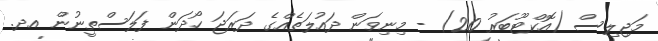
މަޖިލިސް (އޮކްޓޫބަރު 20) - މިނިވަން ދައުލަތެއްގެ ދަރަޖަ ހޯދަން ފަލަސްތީނުން އދ.